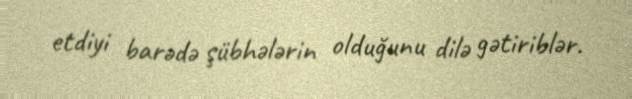
etdiyi barədə şübhələrin olduğunu dilə gətiriblər.